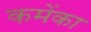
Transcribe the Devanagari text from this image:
कमेंका